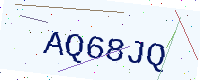
Text: AQ68JQ